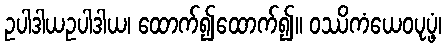
ဥပါဒါယဥပါဒါယ၊ ထောက်၍ထောက်၍။ ဝဿိကံယေဝပုပ္ဖံ၊